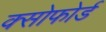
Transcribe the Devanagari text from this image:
क्सोफोर्ड